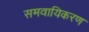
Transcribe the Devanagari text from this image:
समवायिकरण